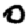
Digit: 0